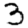
Digit: 3